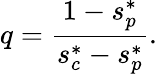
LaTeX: q=\frac{1-s_{p}^{*}}{s_{c}^{*}-s_{p}^{*}}.